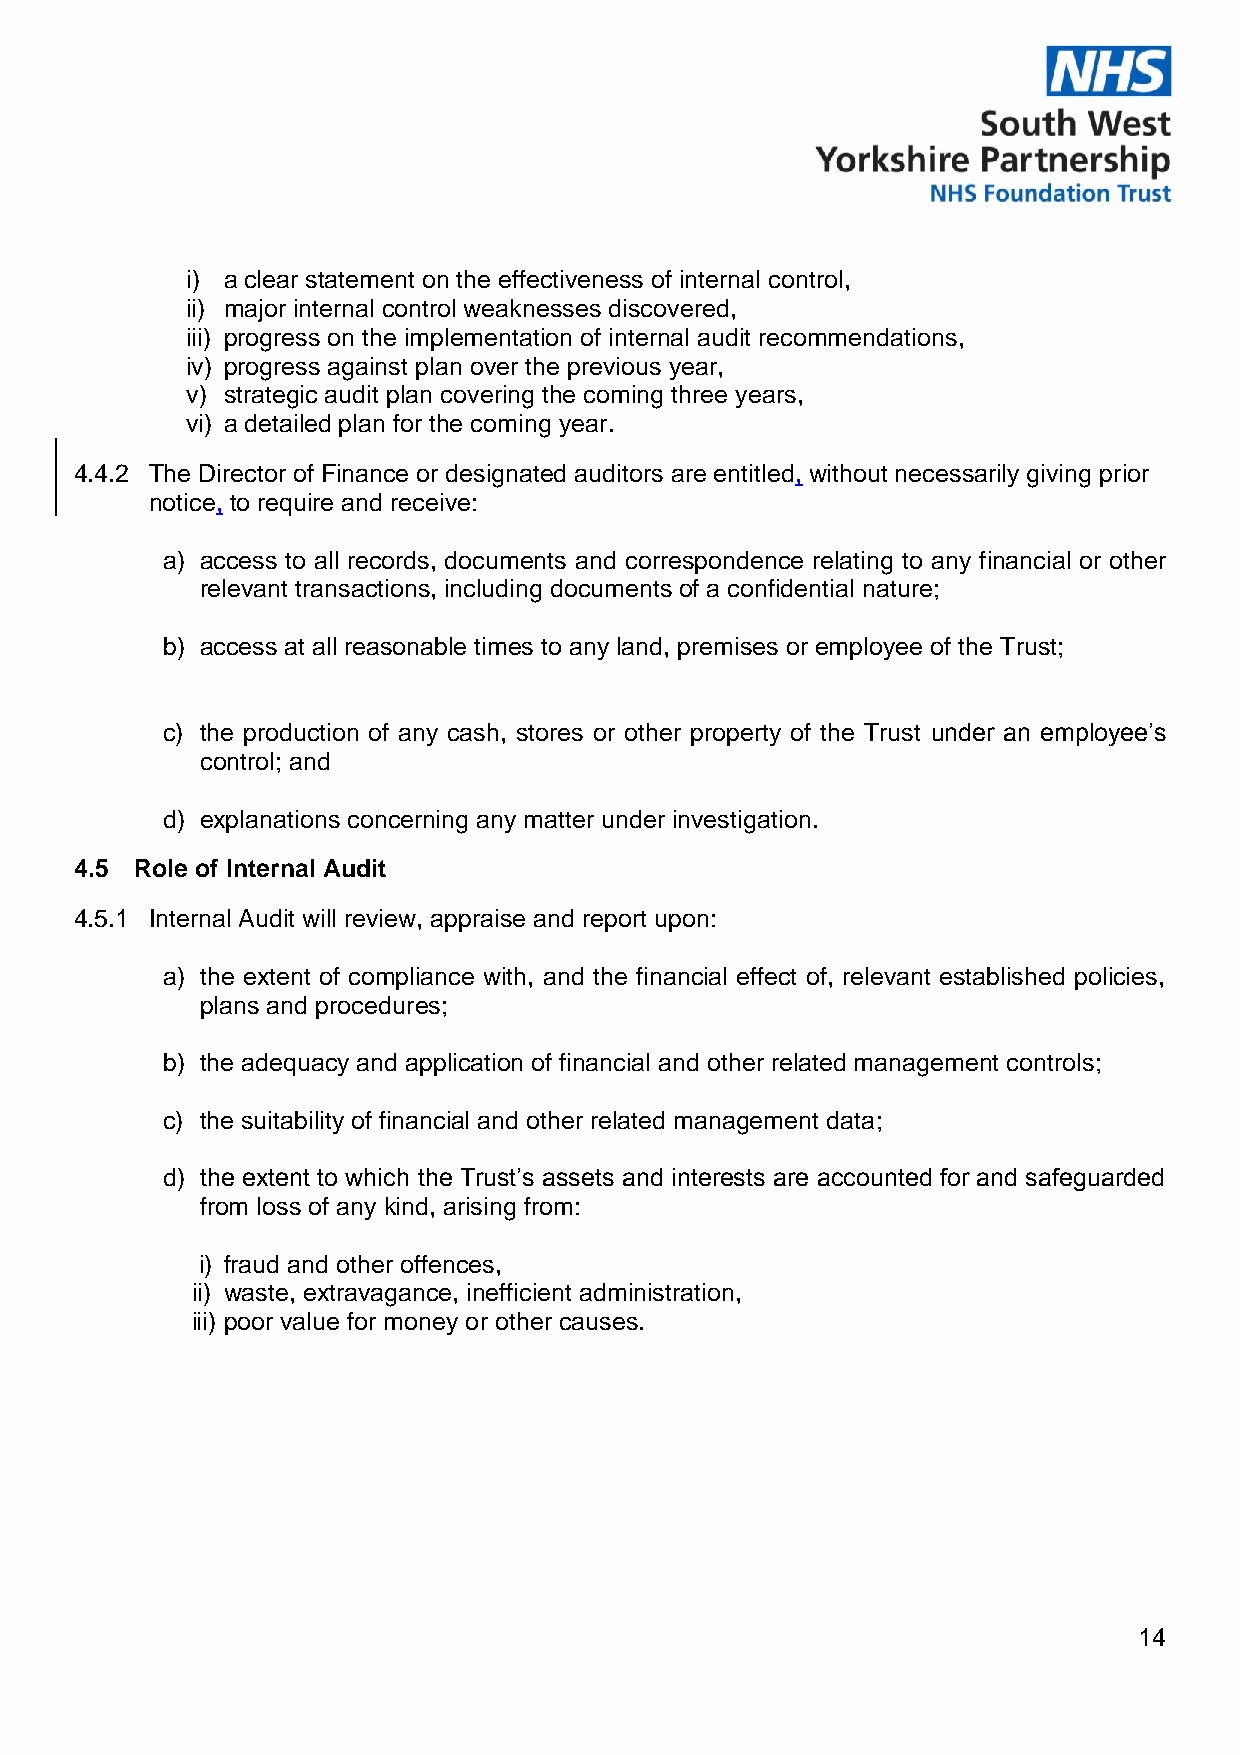
i) a clear statement on the effectiveness of internal control,
 ii) major internal control weaknesses discovered,
 iii) progress on the implementation of internal audit recommendations,
 iv) progress against plan over the previous year,
 v) strategic audit plan covering the coming three years,
 vi) a detailed plan for the coming year.
 4.4.2 The Director of Finance or designated auditors are entitled, without necessarily giving prior
 notice, to require and receive:
 a) access to all records, documents and correspondence relating to any financial or other
 relevant transactions, including documents of a confidential nature;
 b) access at all reasonable times to any land, premises or employee of the Trust;
 c) the production of any cash, stores or other property of the Trust under an employee’s
 control; and
 d) explanations concerning any matter under investigation.
 4.5 Role of Internal Audit
 4.5.1 Internal Audit will review, appraise and report upon:
 a) the extent of compliance with, and the financial effect of, relevant established policies,
 plans and procedures;
 b) the adequacy and application of financial and other related management controls;
 c) the suitability of financial and other related management data;
 d) the extent to which the Trust’s assets and interests are accounted for and safeguarded
 from loss of any kind, arising from:
 i) fraud and other offences,
 ii) waste, extravagance, inefficient administration,
 iii) poor value for money or other causes.
 14